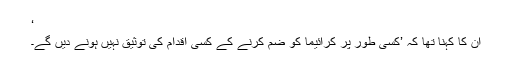
‘
اُن کا کہنا تھا کہ ’کسی طور پر کرائیما کو ضم کرنے کے کسی اقدام کی توثیق نہیں ہونے دیں گے۔